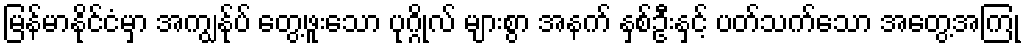
မြန်မာနိုင်ငံမှာ အကျွန်ုပ် တွေ့ဖူးသော ပုဂ္ဂိုလ် များစွာ အနက် နှစ်ဦးနှင့် ပတ်သက်သော အတွေ့အကြုံ